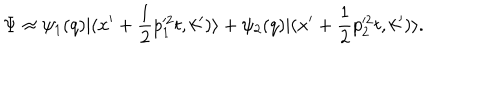
LaTeX: \Psi \approx \psi _ { 1 } ( q ) | ( x ^ { \prime } + { \frac { 1 } { 2 } } p _ { 1 } ^ { \prime 2 } t , k ^ { \prime } ) \rangle + \psi _ { 2 } ( q ) | ( x ^ { \prime } + { \frac { 1 } { 2 } } p _ { 2 } ^ { \prime 2 } t , k ^ { \prime } ) \rangle .